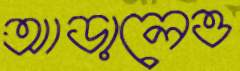
আড়ালেও